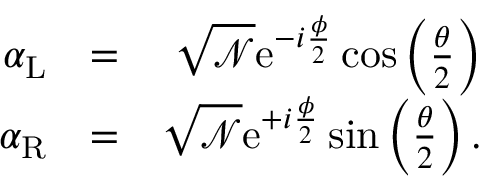
\begin{array} { r l r } { \alpha _ { \mathrm { L } } } & { = } & { \sqrt { { \mathcal N } } \mathrm { e } ^ { - i \frac { \phi } { 2 } } \cos \left( \frac { \theta } { 2 } \right) } \\ { \alpha _ { \mathrm { R } } } & { = } & { \sqrt { { \mathcal N } } \mathrm { e } ^ { + i \frac { \phi } { 2 } } \sin \left( \frac { \theta } { 2 } \right) . } \end{array}